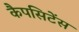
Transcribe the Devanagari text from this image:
कैपसिटेंस